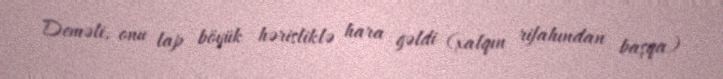
Deməli, onu lap böyük hərisliklə hara gəldi (xalqın rifahından başqa)